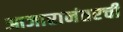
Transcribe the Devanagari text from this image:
आजारानंतरची